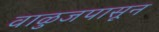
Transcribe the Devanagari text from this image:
वाळुजपासून